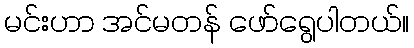
မင်းဟာ အင်မတန် ဖော်ရွေပါတယ်။